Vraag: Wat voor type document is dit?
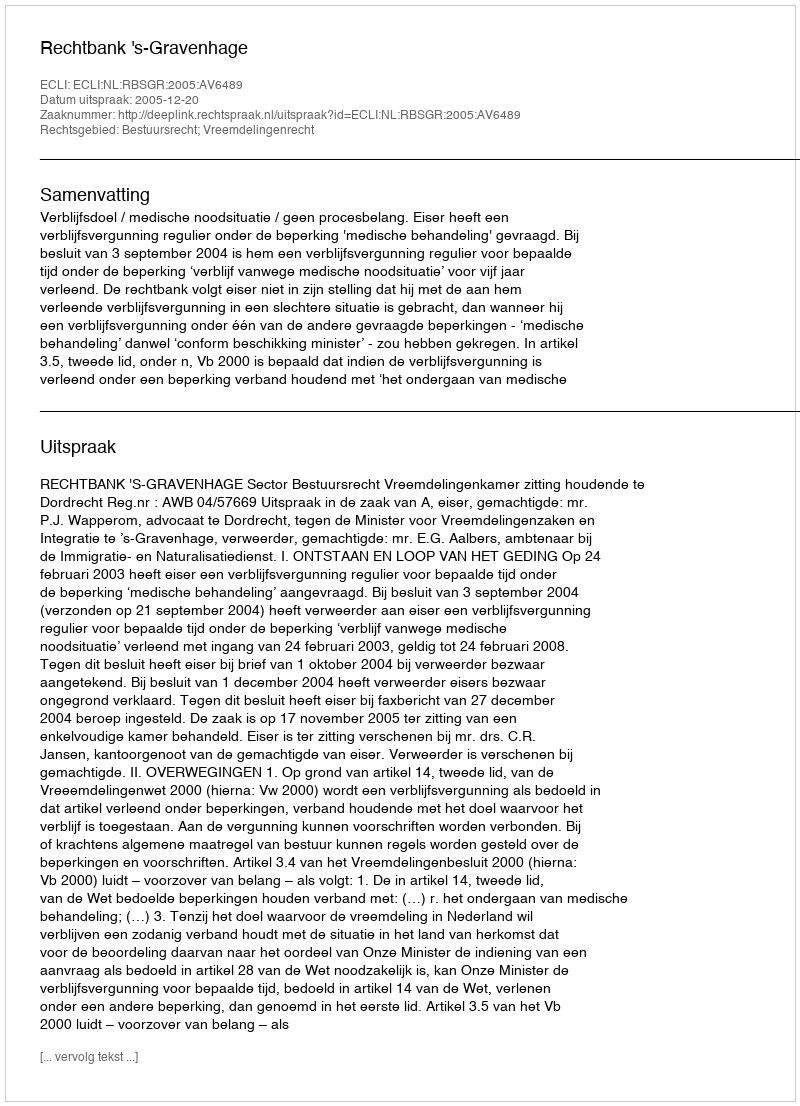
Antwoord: Uitspraak